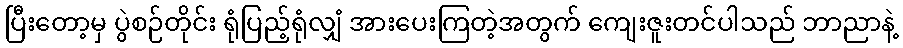
ပြီးတော့မှ ပွဲစဉ်တိုင်း ရုံပြည့်ရုံလျှံ အားပေးကြတဲ့အတွက် ကျေးဇူးတင်ပါသည် ဘာညာနဲ့